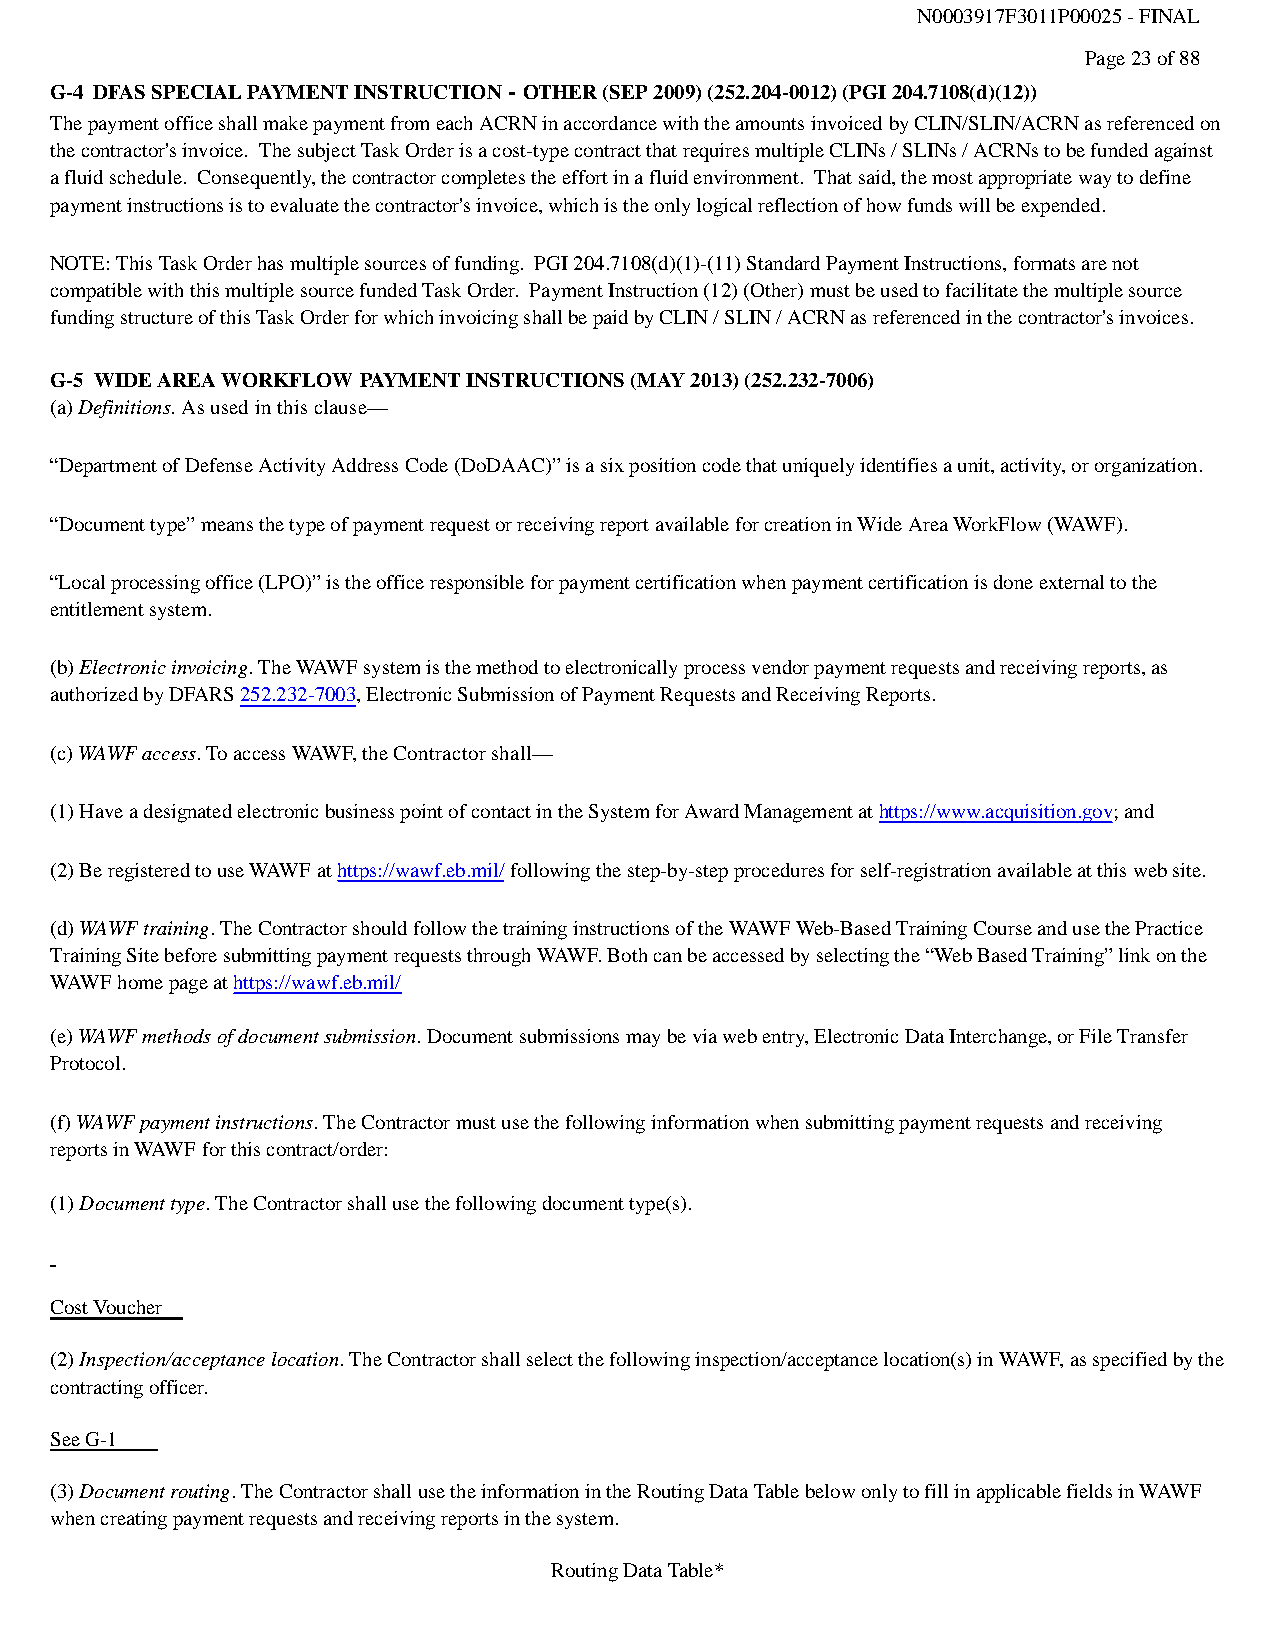
N0003917F3011P00025 - FINAL
 Page 23 of 88
 G-4 DFAS SPECIAL PAYMENT INSTRUCTION - OTHER (SEP 2009) (252.204-0012) (PGI 204.7108(d)(12))
 The payment office shall make payment from each ACRN in accordance with the amounts invoiced by CLIN/SLIN/ACRN as referenced on
 the contractor's invoice. The subject Task Order is a cost-type contract that requires multiple CLINs / SLINs / ACRNs to be funded against
 a fluid schedule. Consequently, the contractor completes the effort in a fluid environment. That said, the most appropriate way to define
 payment instructions is to evaluate the contractor's invoice, which is the only logical reflection of how funds will be expended.
 NOTE: This Task Order has multiple sources of funding. PGI 204.7108(d)(1)-(11) Standard Payment Instructions, formats are not
 compatible with this multiple source funded Task Order. Payment Instruction (12) (Other) must be used to facilitate the multiple source
 funding structure of this Task Order for which invoicing shall be paid by CLIN / SLIN / ACRN as referenced in the contractor's invoices.
 G-5 WIDE AREA WORKFLOW PAYMENT INSTRUCTIONS (MAY 2013) (252.232-7006)
 (a) Definitions. As used in this clause—
 “Department of Defense Activity Address Code (DoDAAC)” is a six position code that uniquely identifies a unit, activity, or organization.
 “Document type” means the type of payment request or receiving report available for creation in Wide Area WorkFlow (WAWF).
 “Local processing office (LPO)” is the office responsible for payment certification when payment certification is done external to the
 entitlement system.
 (b) Electronic invoicing. The WAWF system is the method to electronically process vendor payment requests and receiving reports, as
 authorized by DFARS 252.232-7003, Electronic Submission of Payment Requests and Receiving Reports.
 (c) WAWF access. To access WAWF, the Contractor shall—
 (1) Have a designated electronic business point of contact in the System for Award Management at https://www.acquisition.gov; and
 (2) Be registered to use WAWF at https://wawf.eb.mil/ following the step-by-step procedures for self-registration available at this web site.
 (d) WAWF training. The Contractor should follow the training instructions of the WAWF Web-Based Training Course and use the Practice
 Training Site before submitting payment requests through WAWF. Both can be accessed by selecting the “Web Based Training” link on the
 WAWF home page at https://wawf.eb.mil/
 (e) WAWF methods of document submission. Document submissions may be via web entry, Electronic Data Interchange, or File Transfer
 Protocol.
 (f) WAWF payment instructions. The Contractor must use the following information when submitting payment requests and receiving
 reports in WAWF for this contract/order:
 (1) Document type. The Contractor shall use the following document type(s).
 Cost Voucher
 (2) Inspection/acceptance location. The Contractor shall select the following inspection/acceptance location(s) in WAWF, as specified by the
 contracting officer.
 See G-1
 (3) Document routing. The Contractor shall use the information in the Routing Data Table below only to fill in applicable fields in WAWF
 when creating payment requests and receiving reports in the system.
 Routing Data Table*